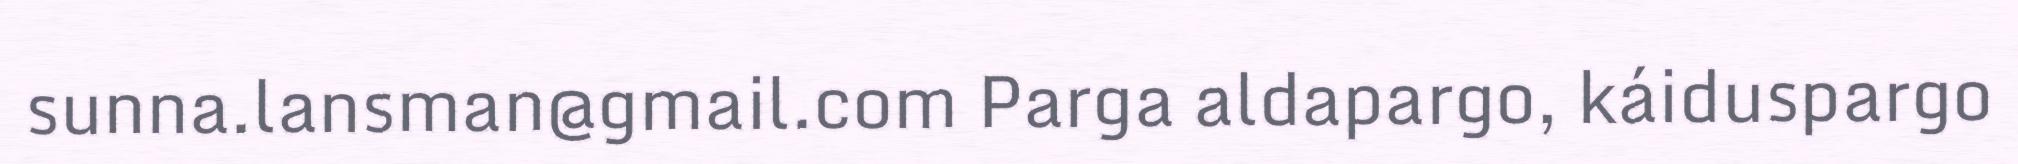
sunna.lansman@gmail.com Parga aldapargo, káiduspargo